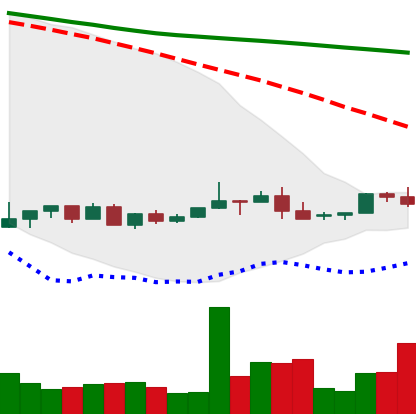
Ticker: NEO-USD
Chart end date: 2022-06-01
Forward return: 9.049%
Label: up_7plus